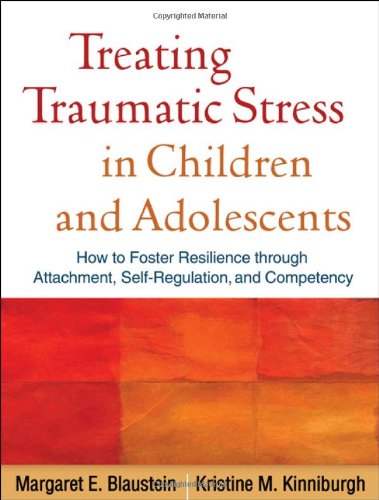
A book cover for Treating Traumatic Stress in Children and Adolescents: How to Foster Resilience through Attachment, Self-Regulation, and Competency; Margaret E. Blaustein; Medical Books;